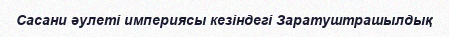
Сасани әулеті империясы кезіндегі Заратуштрашылдық